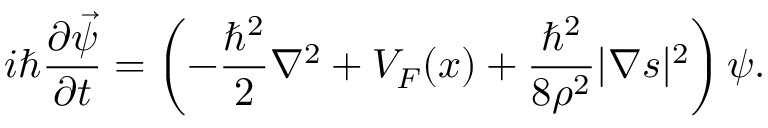
\boldsymbol { i } \hbar \frac { \partial \vec { \psi } } { \partial t } = \left( - \frac { \hbar ^ { 2 } } { 2 } \nabla ^ { 2 } + V _ { F } ( \boldsymbol { x } ) + \frac { \hbar ^ { 2 } } { 8 \rho ^ { 2 } } | \boldsymbol { \nabla } \boldsymbol { s } | ^ { 2 } \right) \boldsymbol { \psi } .